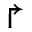
\Rsh